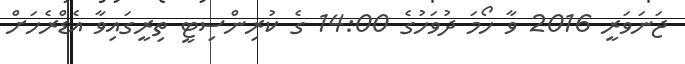
ޖަނަވަރީ 2016 ވާ ހޯމަ ދުވަހުގެ 14:00 ގެ ކުރިންސިޓީ ތިރީގައިވާ އެޑްރެހަށް